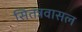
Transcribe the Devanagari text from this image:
सितन्नवासल